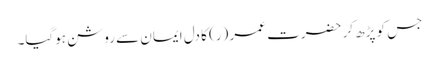
جس کو پڑھ کر حضرت عمر (ر) کا دل ایمان سے روشن ہوگیا۔